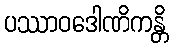
ပဿာဝဒေါဏိကန္တိ